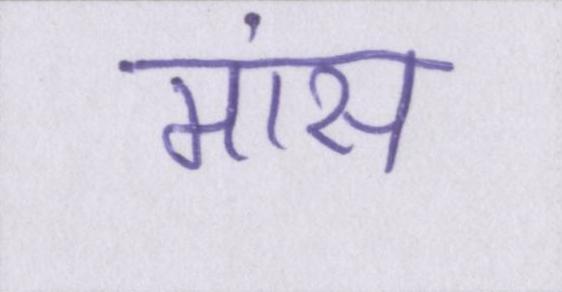
मांस